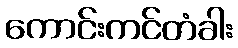
ကောင်းကင်တံခါး